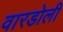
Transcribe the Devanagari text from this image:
वारडोली